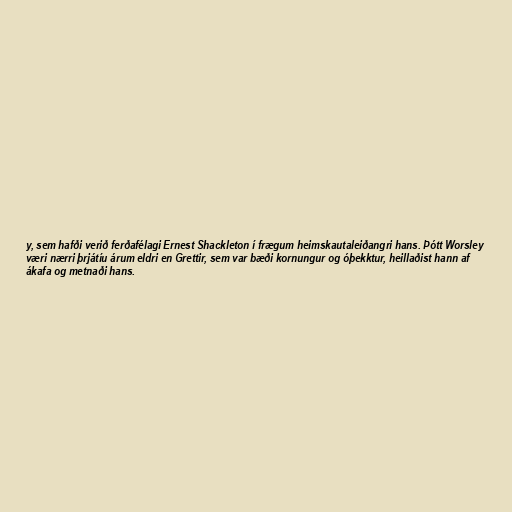
y, sem hafði verið ferðafélagi Ernest Shackleton í frægum heimskautaleiðangri hans. Þótt Worsley
væri nærri þrjátíu árum eldri en Grettir, sem var bæði kornungur og óþekktur, heillaðist hann af
ákafa og metnaði hans.